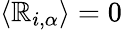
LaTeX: \langle\mathbb{R}_{i,\alpha}\rangle=0